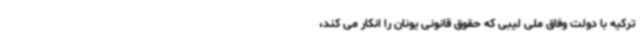
ترکیه با دولت وفاق ملی لیبی که حقوق قانونی یونان را انکار می کند،